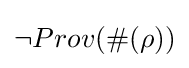
\neg Prov(\#(\rho ))